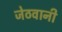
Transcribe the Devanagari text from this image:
जेठवानी